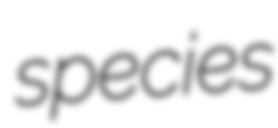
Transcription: species